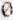
0